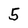
Character: 5